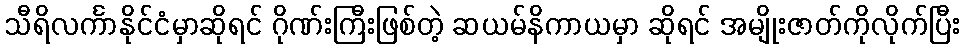
သီရိလင်္ကာနိုင်ငံမှာဆိုရင် ဂိုဏ်းကြီးဖြစ်တဲ့ ဆယမ်နိကာယမှာ ဆိုရင် အမျိုးဇာတ်ကိုလိုက်ပြီး